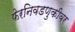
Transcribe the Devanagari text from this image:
फेरनिवडणुकीवर